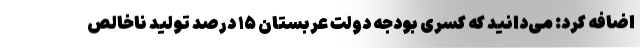
اضافه کرد: می‌دانید که کسری بودجه دولت عربستان ۱۵ درصد تولید ناخالص